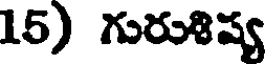
15) గురుశిష్య